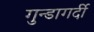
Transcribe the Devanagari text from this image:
गुन्डागर्दी